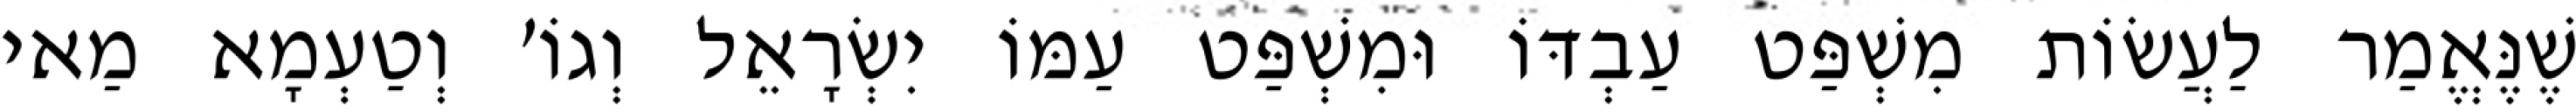
שֶׁנֶּאֱמַר לַעֲשׂוֹת מִשְׁפַּט עַבְדּוֹ וּמִשְׁפַּט עַמּוֹ יִשְׂרָאֵל וְגוֹ׳ וְטַעְמָא מַאי